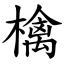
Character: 檎